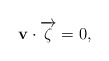
\begin{align*}\mathbf{v}\cdot \overrightarrow{\zeta}=0,\end{align*}